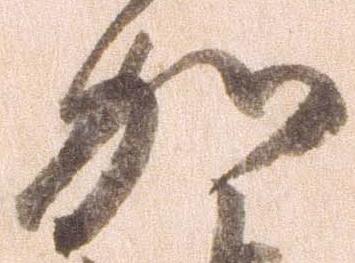
加